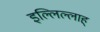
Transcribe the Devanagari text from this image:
इल्लिल्लाह्